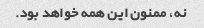
نه، ممنون این همه خواهد بود.